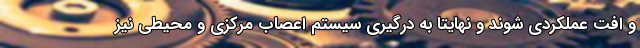
و افت عملکردی شوند و نهایتا به درگیری سیستم اعصاب مرکزی و محیطی نیز